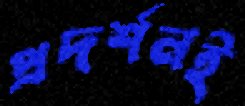
প্রদর্শনই